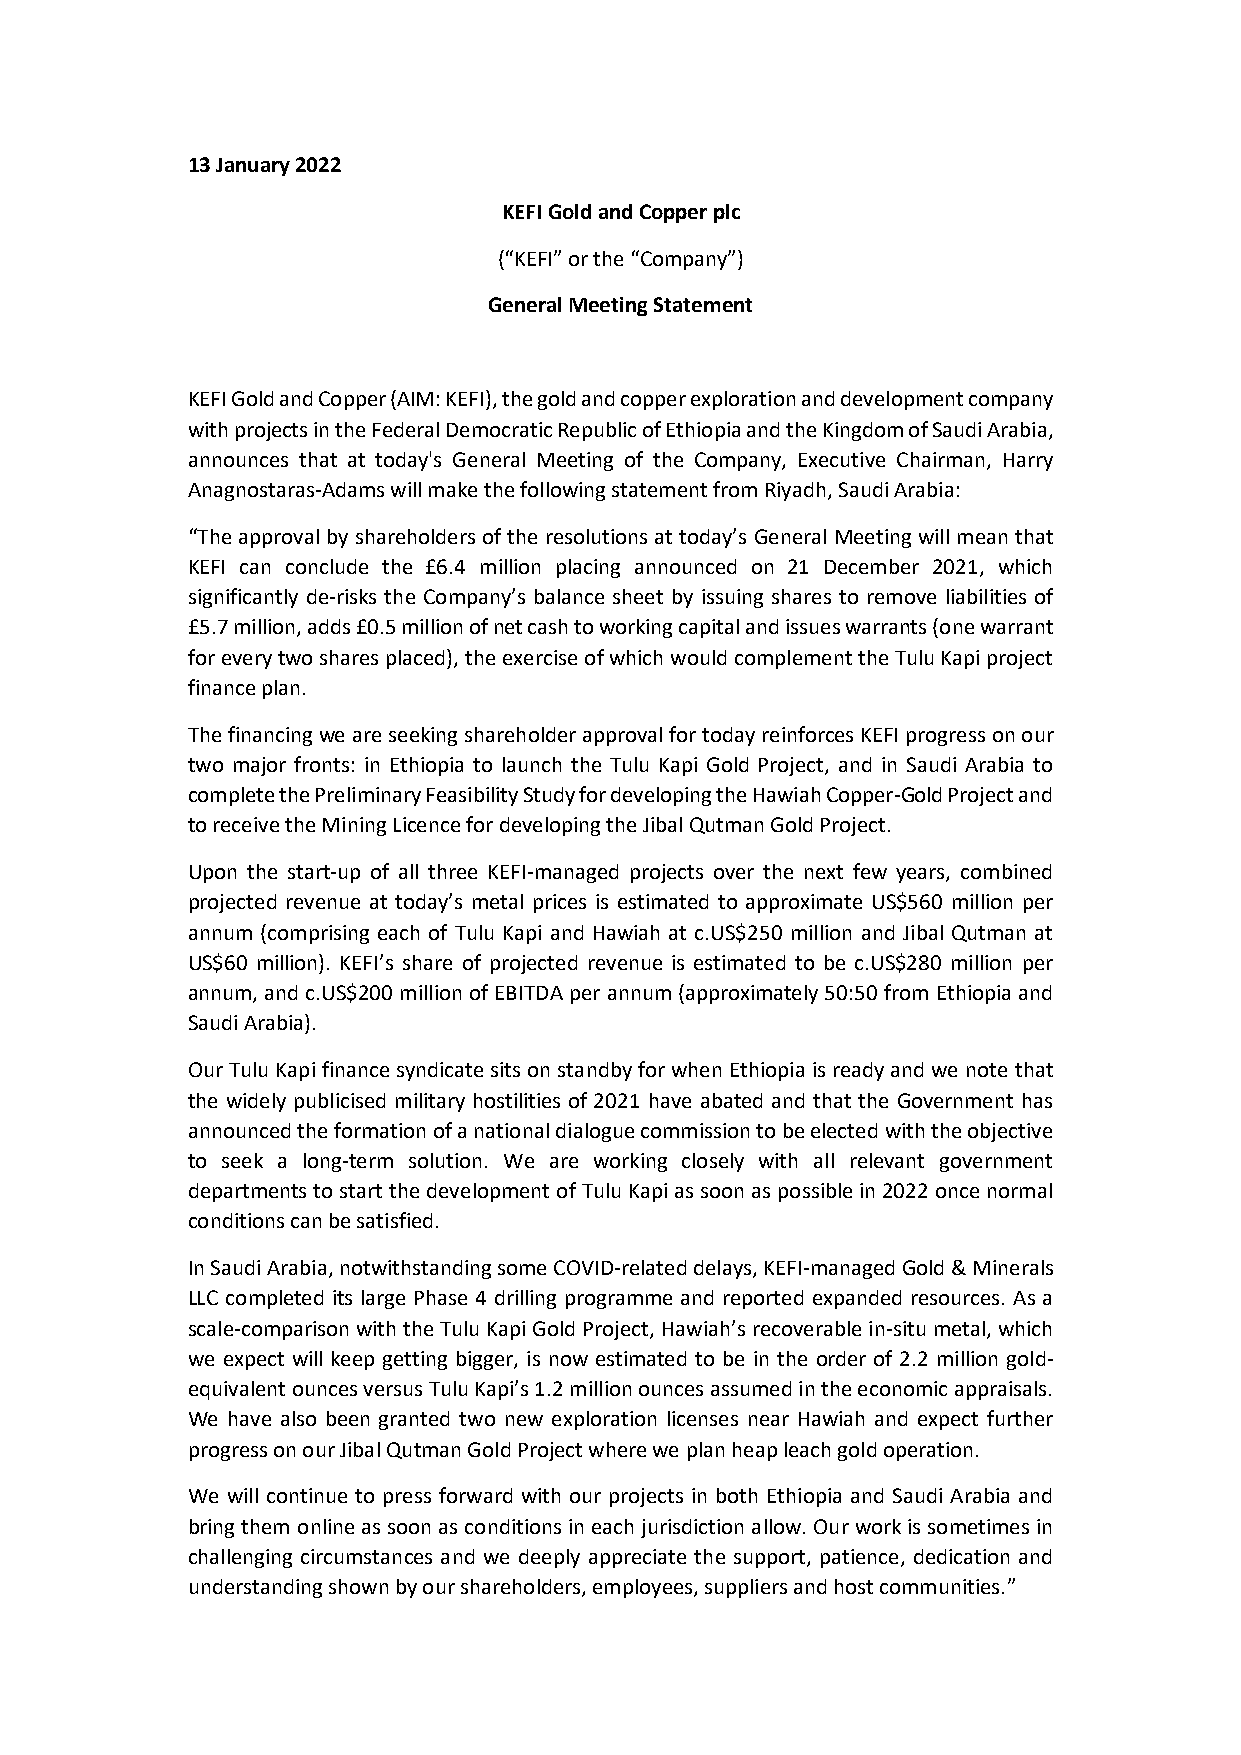
13 January 2022
 KEFI Gold and Copper plc
 (“KEFI” or the “Company”)
 General Meeting Statement
 KEFI Gold and Copper (AIM: KEFI), the gold and copper exploration and development company
 with projects in the Federal Democratic Republic of Ethiopia and the Kingdom of Saudi Arabia,
 announces that at today's General Meeting of the Company, Executive Chairman, Harry
 Anagnostaras-Adams will make the following statement from Riyadh, Saudi Arabia:
 “The approval by shareholders of the resolutions at today’s General Meeting will mean that
 KEFI can conclude the £6.4 million placing announced on 21 December 2021, which
 significantly de-risks the Company’s balance sheet by issuing shares to remove liabilities of
 £5.7 million, adds £0.5 million of net cash to working capital and issues warrants (one warrant
 for every two shares placed), the exercise of which would complement the Tulu Kapi project
 finance plan.
 The financing we are seeking shareholder approval for today reinforces KEFI progress on our
 two major fronts: in Ethiopia to launch the Tulu Kapi Gold Project, and in Saudi Arabia to
 complete the Preliminary Feasibility Study for developing the Hawiah Copper-Gold Project and
 to receive the Mining Licence for developing the Jibal Qutman Gold Project.
 Upon the start-up of all three KEFI-managed projects over the next few years, combined
 projected revenue at today’s metal prices is estimated to approximate US$560 million per
 annum (comprising each of Tulu Kapi and Hawiah at c.US$250 million and Jibal Qutman at
 US$60 million). KEFI’s share of projected revenue is estimated to be c.US$280 million per
 annum, and c.US$200 million of EBITDA per annum (approximately 50:50 from Ethiopia and
 Saudi Arabia).
 Our Tulu Kapi finance syndicate sits on standby for when Ethiopia is ready and we note that
 the widely publicised military hostilities of 2021 have abated and that the Government has
 announced the formation of a national dialogue commission to be elected with the objective
 to seek a long-term solution. We are working closely with all relevant government
 departments to start the development of Tulu Kapi as soon as possible in 2022 once normal
 conditions can be satisfied.
 In Saudi Arabia, notwithstanding some COVID-related delays, KEFI-managed Gold & Minerals
 LLC completed its large Phase 4 drilling programme and reported expanded resources. As a
 scale-comparison with the Tulu Kapi Gold Project, Hawiah’s recoverable in-situ metal, which
 we expect will keep getting bigger, is now estimated to be in the order of 2.2 million gold-
 equivalent ounces versus Tulu Kapi’s 1.2 million ounces assumed in the economic appraisals.
 We have also been granted two new exploration licenses near Hawiah and expect further
 progress on our Jibal Qutman Gold Project where we plan heap leach gold operation.
 We will continue to press forward with our projects in both Ethiopia and Saudi Arabia and
 bring them online as soon as conditions in each jurisdiction allow. Our work is sometimes in
 challenging circumstances and we deeply appreciate the support, patience, dedication and
 understanding shown by our shareholders, employees, suppliers and host communities.”